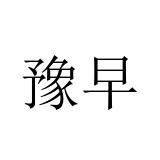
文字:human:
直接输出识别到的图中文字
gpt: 豫早